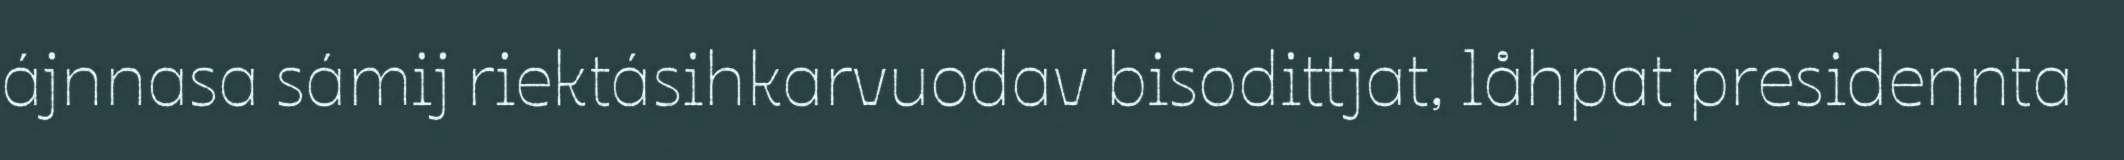
ájnnasa sámij riektásihkarvuodav bisodittjat, låhpat presidennta